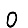
Digit: 0